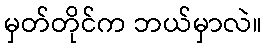
မှတ်တိုင်က ဘယ်မှာလဲ။